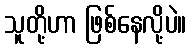
သူတို့ဟာ ဖြစ်နေလို့ပဲ။